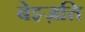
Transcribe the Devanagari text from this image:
बेइज़त्ति